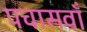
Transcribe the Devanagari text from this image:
पचासवाँ